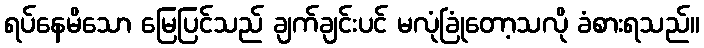
ရပ်နေမိသော မြေပြင်သည် ချက်ချင်းပင် မလုံခြုံတော့သလို ခံစားရသည်။